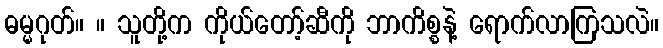
ဓမ္မဂုတ်။ ။ သူတို့က ကိုယ်တော့်ဆီကို ဘာကိစ္စနဲ့ ရောက်လာကြသလဲ။